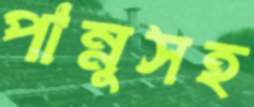
পান্নুসহ